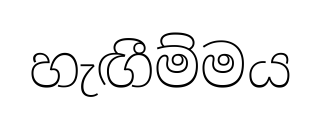
හැඟීම්මය